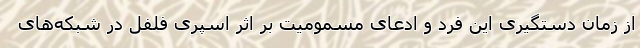
از زمان دستگیری این فرد و ادعای مسمومیت بر اثر اسپری فلفل در شبکه‌های